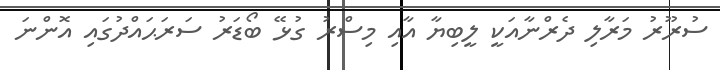
ސުރޫރު މަރާލި ދެރްނާއަކީ ލީބިޔާ އާއި މިސްރު ގުޅޭ ބޯޑަރު ސަރަޙައްދުގައި އޮންނަ